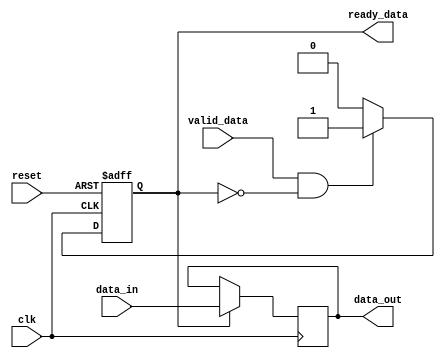
module AXI_bus_controller (
  input wire clk,
  input wire reset,
  input wire valid_data,
  input wire [31:0] data_in,
  output wire ready_data,
  output wire [31:0] data_out
);

  // Timing control block
  reg data_transfer_control;

  always @(posedge clk or posedge reset) begin
    if (reset) begin
      data_transfer_control <= 0;
    end else begin
      if (valid_data && !data_transfer_control) begin
        data_transfer_control <= 1;
      end else if (ready_data) begin
        data_transfer_control <= 0;
      end
    end
  end

  // Synchronization block
  reg [31:0] synchronized_data;

  always @(posedge clk) begin
    if (data_transfer_control) begin
      synchronized_data <= data_in;
    end
  end

  // Output data and ready signal
  assign data_out = synchronized_data;
  assign ready_data = data_transfer_control;

endmodule